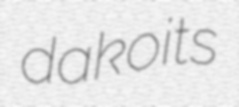
dakoits